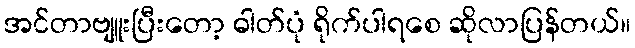
အင်တာဗျူးပြီးတော့ ဓါတ်ပုံ ရိုက်ပါရစေ ဆိုလာပြန်တယ်။